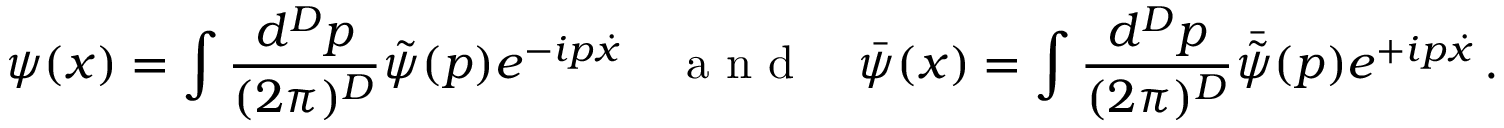
\psi ( x ) = \int \frac { d ^ { D } p } { ( 2 \pi ) ^ { D } } \tilde { \psi } ( p ) e ^ { - i p \dot { x } } \quad \mathrm { ~ a ~ n ~ d ~ } \quad \bar { \psi } ( x ) = \int \frac { d ^ { D } p } { ( 2 \pi ) ^ { D } } \bar { \tilde { \psi } } ( p ) e ^ { + i p \dot { x } } \, .